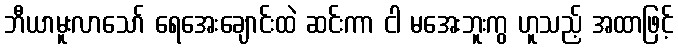
ဘီယာမူးလာသော် ရေအေးချောင်းထဲ ဆင်းကာ ငါ မအေးဘူးကွ ဟူသည့် အထာဖြင့်